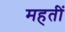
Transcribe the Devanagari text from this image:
महतीं